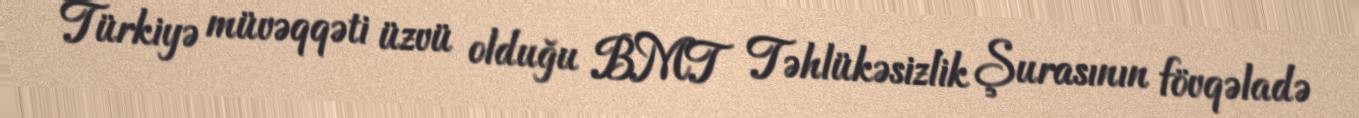
Türkiyə müvəqqəti üzvü olduğu BMT Təhlükəsizlik Şurasının fövqəladə